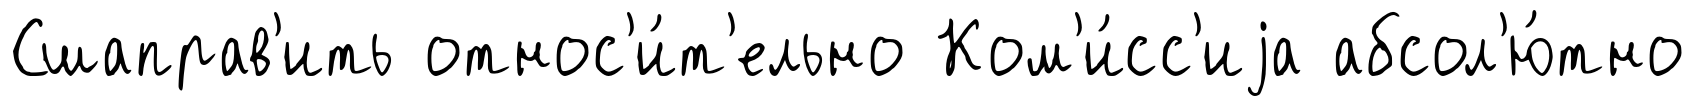
Сшаправ'ить относ'и́т'ельно Ком'и́сс'иjа абсол'ю́тно